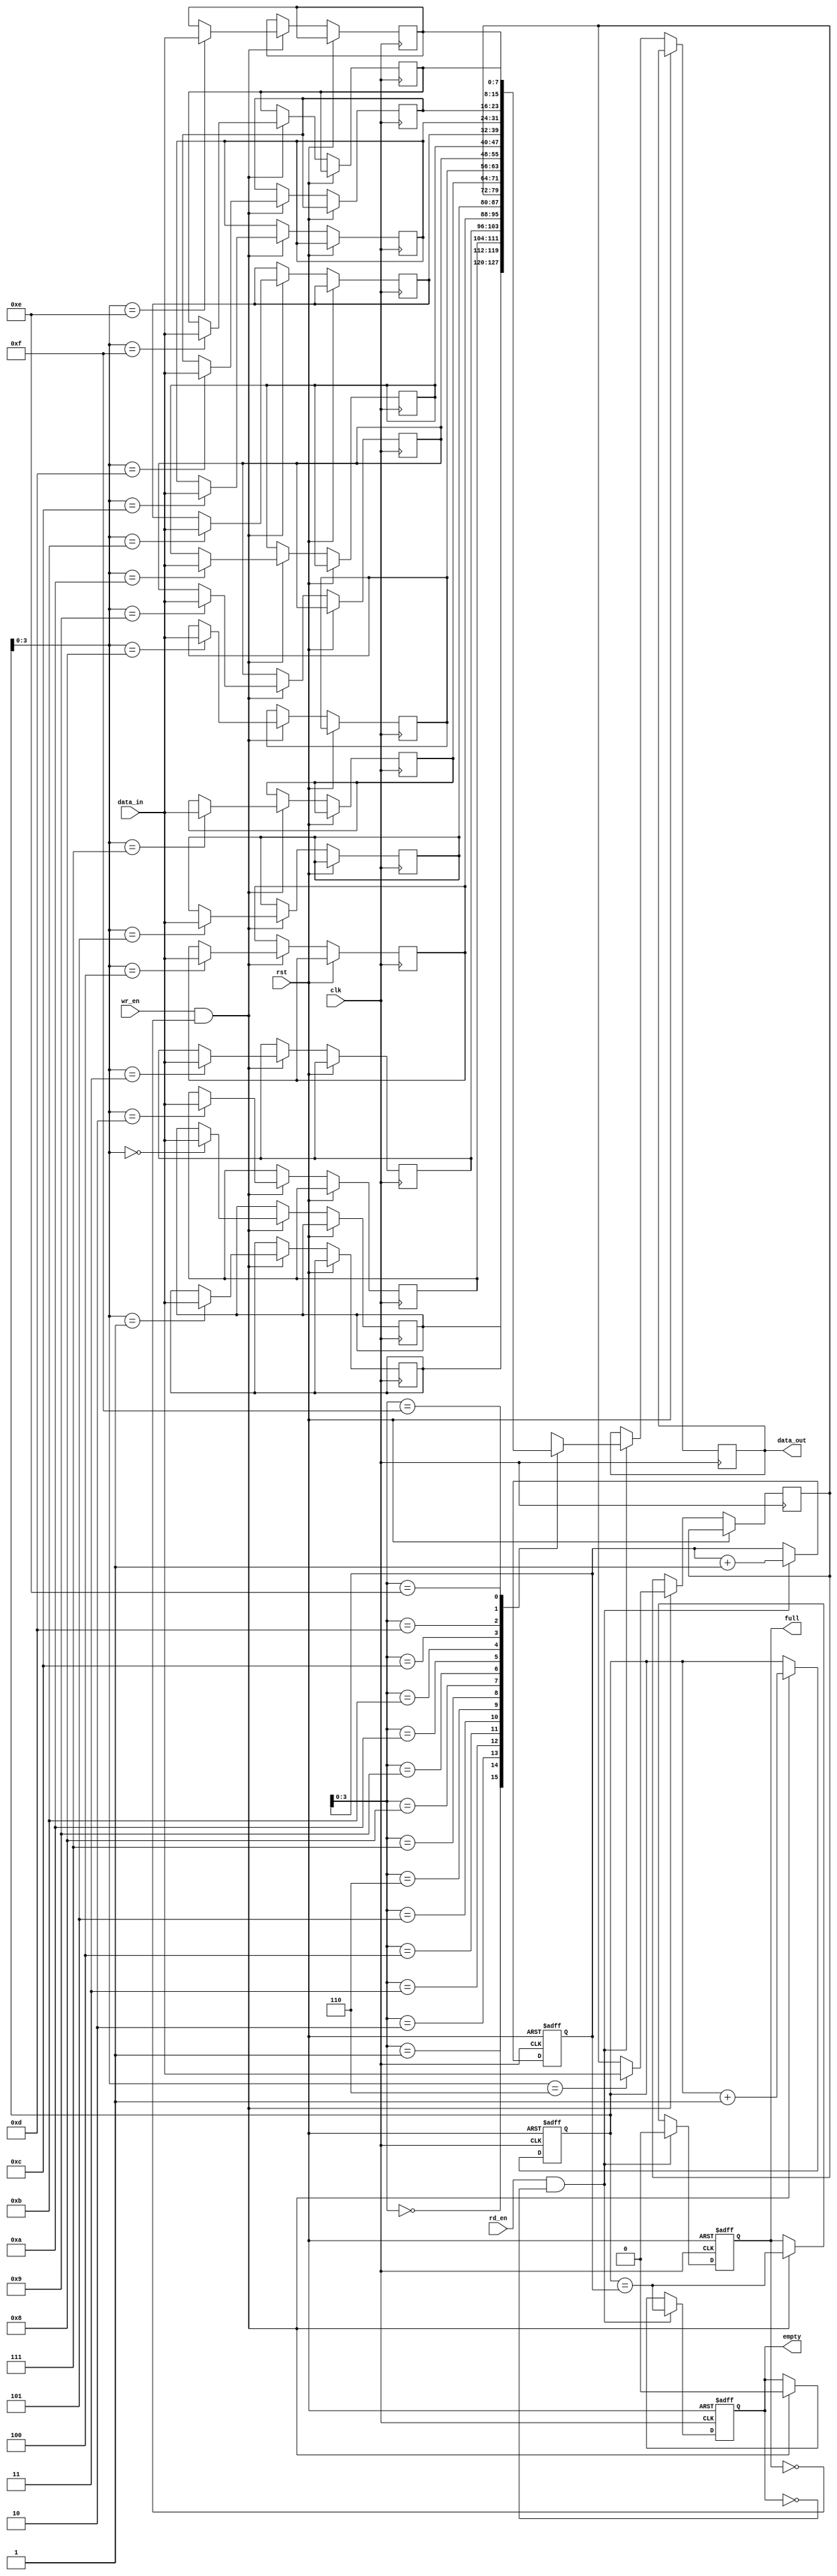
module bidirectional_fifo (
    input wire clk,
    input wire rst,
    input wire wr_en,
    input wire rd_en,
    input wire [DATA_WIDTH-1:0] data_in,
    output wire [DATA_WIDTH-1:0] data_out,
    output reg full,
    output reg empty
);

parameter DEPTH = 16; // Depth of the FIFO
parameter DATA_WIDTH = 8; // Data width of the FIFO

reg [DATA_WIDTH-1:0] memory [0:DEPTH-1];
reg [DEPTH-1:0] write_ptr, read_ptr;

always @(posedge clk or posedge rst) begin
    if (rst) begin
        write_ptr <= 0;
        read_ptr <= 0;
        empty <= 1;
        full <= 0;
    end else begin
        if (wr_en && !full) begin
            memory[write_ptr] <= data_in;
            write_ptr <= write_ptr + 1;
            full <= (write_ptr == read_ptr);
            empty <= 0;
        end
        
        if (rd_en && !empty) begin
            data_out <= memory[read_ptr];
            read_ptr <= read_ptr + 1;
            full <= 0;
            empty <= (write_ptr == read_ptr);
        end
    end
end

endmodule